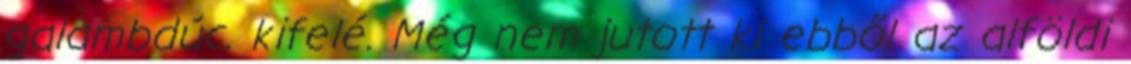
galambdúc. kifelé. Még nem jutott ki ebből az alföldi